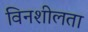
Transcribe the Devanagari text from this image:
विनशीलता